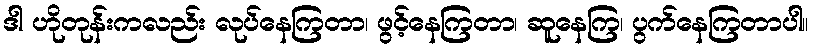
ဒါ ဟိုတုန်းကလည်း လုပ်နေကြတာ၊ ဖွင့်နေကြတာ၊ ဆူနေကြ၊ ပွက်နေကြတာပါ။